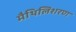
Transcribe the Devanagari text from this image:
मैथिलिशरण